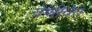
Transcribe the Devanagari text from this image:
नेणीवेत